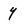
Character: Y